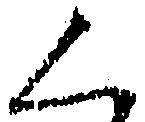
く